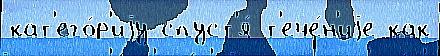
кат'его́р'иjу спуст'я́ т'ече́н'иjе как